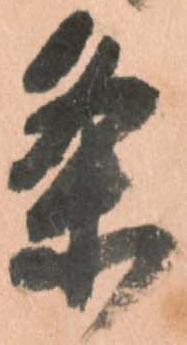
条